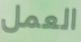
العمل